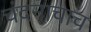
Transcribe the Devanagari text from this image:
चंदनाचाच